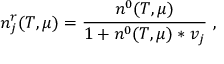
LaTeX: n _ { j } ^ { r } ( T , \mu ) = \frac { n ^ { 0 } ( T , \mu ) } { 1 + n ^ { 0 } ( T , \mu ) \ast v _ { j } } ~ ,